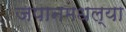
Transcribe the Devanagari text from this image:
जपानमधल्या